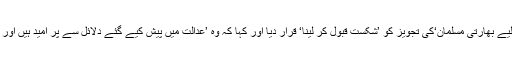
بورڈ کے ترجمان نے ’امن کے لیے بھارتی مسلمان‘کی تجویز کو ’شکست قبول کر لینا‘ قرار دیا اور کہا کہ وہ ’عدالت میں پیش کیے گئے دلائل سے پر امید ہیں اور اس کے فیصلے کے منتظر ہیں۔